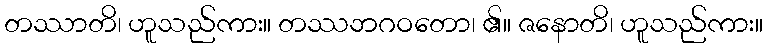
တဿာတိ၊ ဟူသည်ကား။ တဿဘဂဝတော၊ ၏။ ဇနောတိ၊ ဟူသည်ကား။